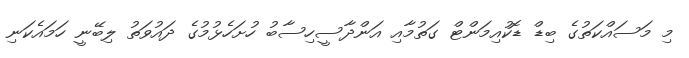
މި މަސައްކަތުގެ ބިޑް ޑޮކުއިމަންޓް ގަތުމާއި އަންދާސީހިސާބު ހުށަހެޅުމުގެ ދައުވަތު ލިބޭނީ ހަމައެކަނި